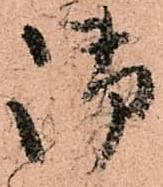
御